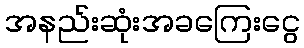
အနည်းဆုံးအခကြေးငွေ